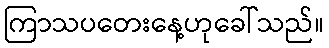
ကြာသပတေးနေ့ဟုခေါ်သည်။